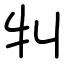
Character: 㸨